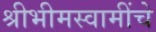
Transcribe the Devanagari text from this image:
श्रीभीमस्वामींचे